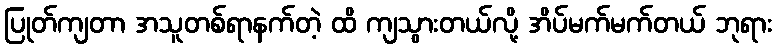
ပြုတ်ကျတာ အသူတစ်ရာနက်တဲ့ ထိ ကျသွားတယ်လို့ အိပ်မက်မက်တယ် ဘုရား